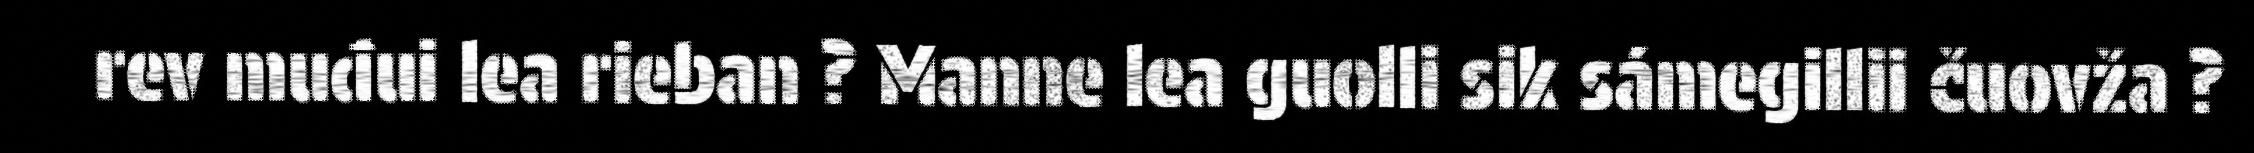
rev muđui lea rieban ? Manne lea guolli sik sámegillii čuovža ?